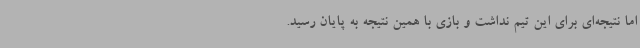
اما نتیجه‌ای برای این تیم نداشت و بازی با همین نتیجه به پایان رسید.